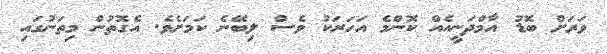
ވަރަށް ބޮޑު އާމްދަނީއެއް ކޮންމެ އަހަރަކު ވެސް ލިބޭނެ ކަމަށެވެ. އެގޮތުން މިތަނުގައި